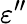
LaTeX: \varepsilon^{\prime\prime}